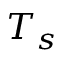
T _ { s }